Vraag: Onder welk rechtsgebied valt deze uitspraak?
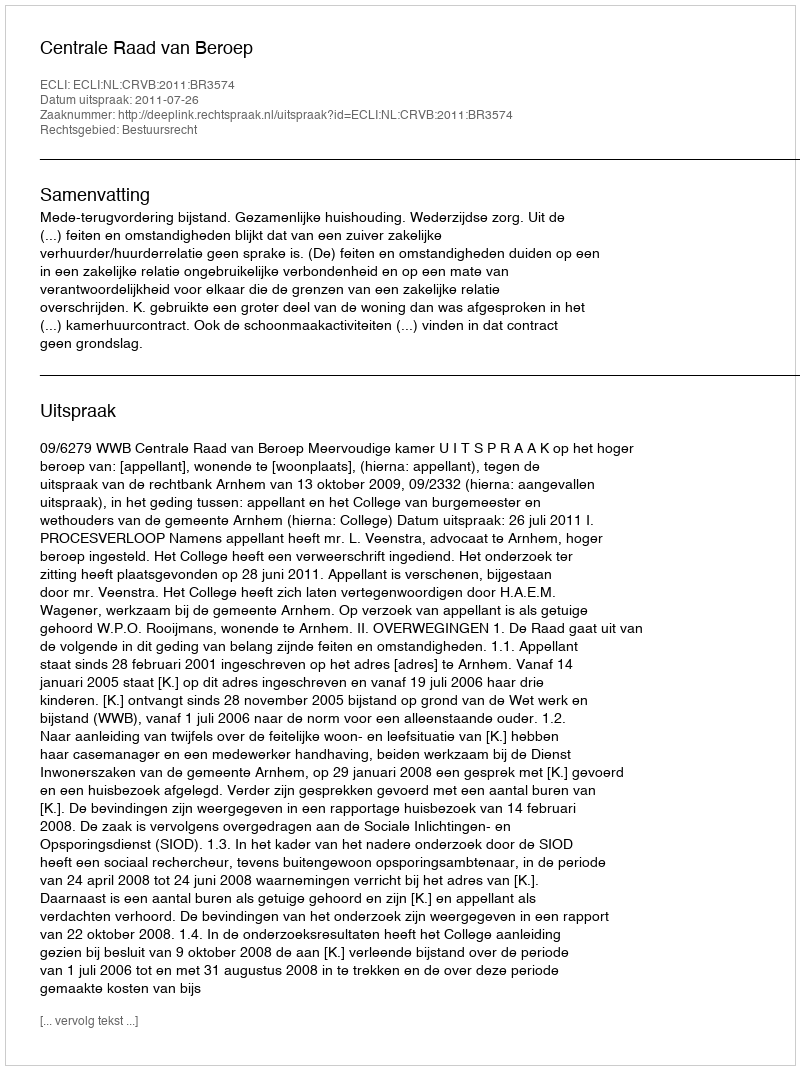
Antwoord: Bestuursrecht